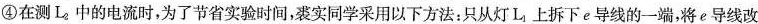
④在测L_{2}中的电流时，为了节省实验时间，裘实同学采用以下方法：只从灯L_{1}上拆下e导线的一端，将e导线改